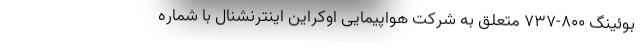
بوئینگ ۸۰۰-۷۳۷ متعلق به شرکت هواپیمایی اوکراین اینترنشنال با شماره